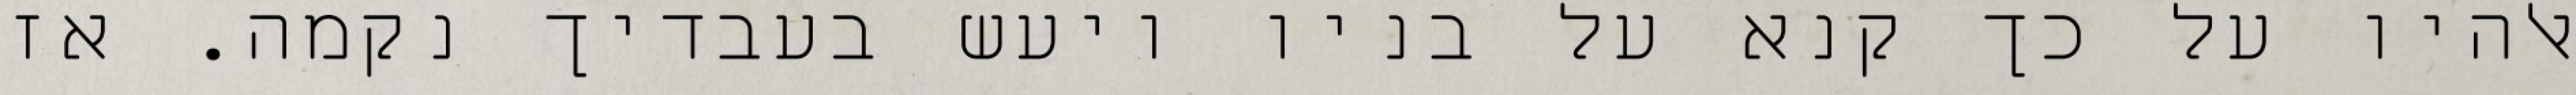
אלהיו על כך קנא על בניו ויעש בעבדיך נקמה. אז